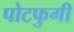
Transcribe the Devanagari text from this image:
पोटफुगी